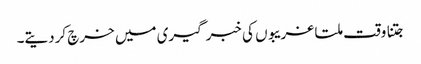
جتنا وقت ملتا غریبوں کی خبر گیری میں خرچ کردیتے۔